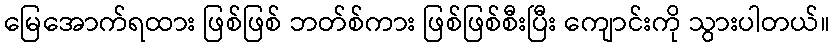
မြေအောက်ရထား ဖြစ်ဖြစ် ဘတ်စ်ကား ဖြစ်ဖြစ်စီးပြီး ကျောင်းကို သွားပါတယ်။